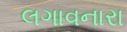
લગાવનારા